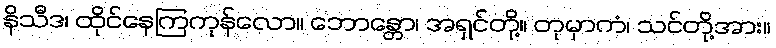
နိသီဒ၊ ထိုင်နေကြကုန်လော။ ဘောန္တော၊ အရှင်တို့။ တုမှာကံ၊ သင်တို့အား။